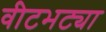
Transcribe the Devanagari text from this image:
वीटभट्या